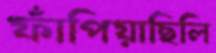
ফাঁপিয়াছিলি